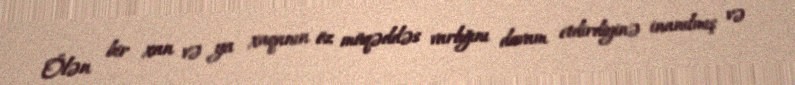
Ölən bir xan və ya xaqanın öz müqəddəs varlığını davam etdirdiyinə inanılmış və